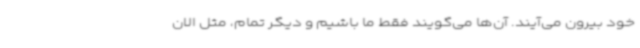
خود بیرون می‌آیند. آن‌ها می‌گویند فقط ما باشیم و دیگر تمام، مثل الان